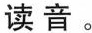
读音。